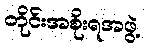
တိုင်းအစိုးရအဖွဲ့